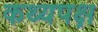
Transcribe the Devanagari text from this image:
कथ्यपक्ष